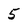
Character: 5